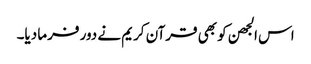
اس الجھن کو بھی قرآن کریم نے دور فرما دیا۔